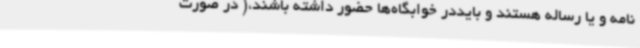
نامه و یا رساله هستند و بایددر خوابگاه‌ها حضور داشته باشند،( در صورت